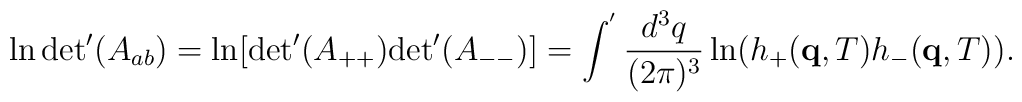
\ln {\rm det}'(A_{ab}) = \ln [{\rm det}'(A_{++}) {\rm det}'(A_{--})] = \int^{'} \frac{d^3q}{(2\pi)^3} \ln( h_{+}({\bf q},T) h_{-}({\bf q},T) ) .